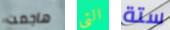
هاجمت التي ستة